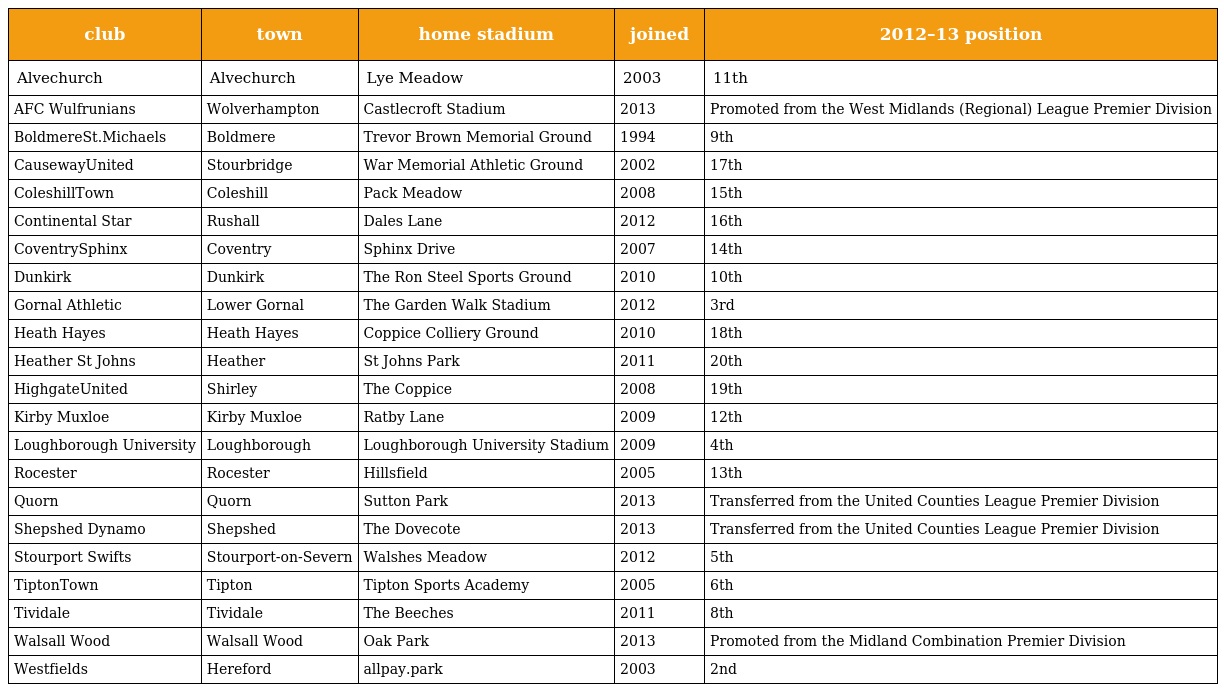
| club | town | home stadium | joined | 2012–13 position |
 | --- | --- | --- | --- | --- |
 | Alvechurch | Alvechurch | Lye Meadow | 2003 | 11th |
 | AFC Wulfrunians | Wolverhampton | Castlecroft Stadium | 2013 | Promoted from the West Midlands (Regional) League Premier Division |
 | BoldmereSt.Michaels | Boldmere | Trevor Brown Memorial Ground | 1994 | 9th |
 | CausewayUnited | Stourbridge | War Memorial Athletic Ground | 2002 | 17th |
 | ColeshillTown | Coleshill | Pack Meadow | 2008 | 15th |
 | Continental Star | Rushall | Dales Lane | 2012 | 16th |
 | CoventrySphinx | Coventry | Sphinx Drive | 2007 | 14th |
 | Dunkirk | Dunkirk | The Ron Steel Sports Ground | 2010 | 10th |
 | Gornal Athletic | Lower Gornal | The Garden Walk Stadium | 2012 | 3rd |
 | Heath Hayes | Heath Hayes | Coppice Colliery Ground | 2010 | 18th |
 | Heather St Johns | Heather | St Johns Park | 2011 | 20th |
 | HighgateUnited | Shirley | The Coppice | 2008 | 19th |
 | Kirby Muxloe | Kirby Muxloe | Ratby Lane | 2009 | 12th |
 | Loughborough University | Loughborough | Loughborough University Stadium | 2009 | 4th |
 | Rocester | Rocester | Hillsfield | 2005 | 13th |
 | Quorn | Quorn | Sutton Park | 2013 | Transferred from the United Counties League Premier Division |
 | Shepshed Dynamo | Shepshed | The Dovecote | 2013 | Transferred from the United Counties League Premier Division |
 | Stourport Swifts | Stourport-on-Severn | Walshes Meadow | 2012 | 5th |
 | TiptonTown | Tipton | Tipton Sports Academy | 2005 | 6th |
 | Tividale | Tividale | The Beeches | 2011 | 8th |
 | Walsall Wood | Walsall Wood | Oak Park | 2013 | Promoted from the Midland Combination Premier Division |
 | Westfields | Hereford | allpay.park | 2003 | 2nd |